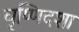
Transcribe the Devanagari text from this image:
वृष्णिदशा